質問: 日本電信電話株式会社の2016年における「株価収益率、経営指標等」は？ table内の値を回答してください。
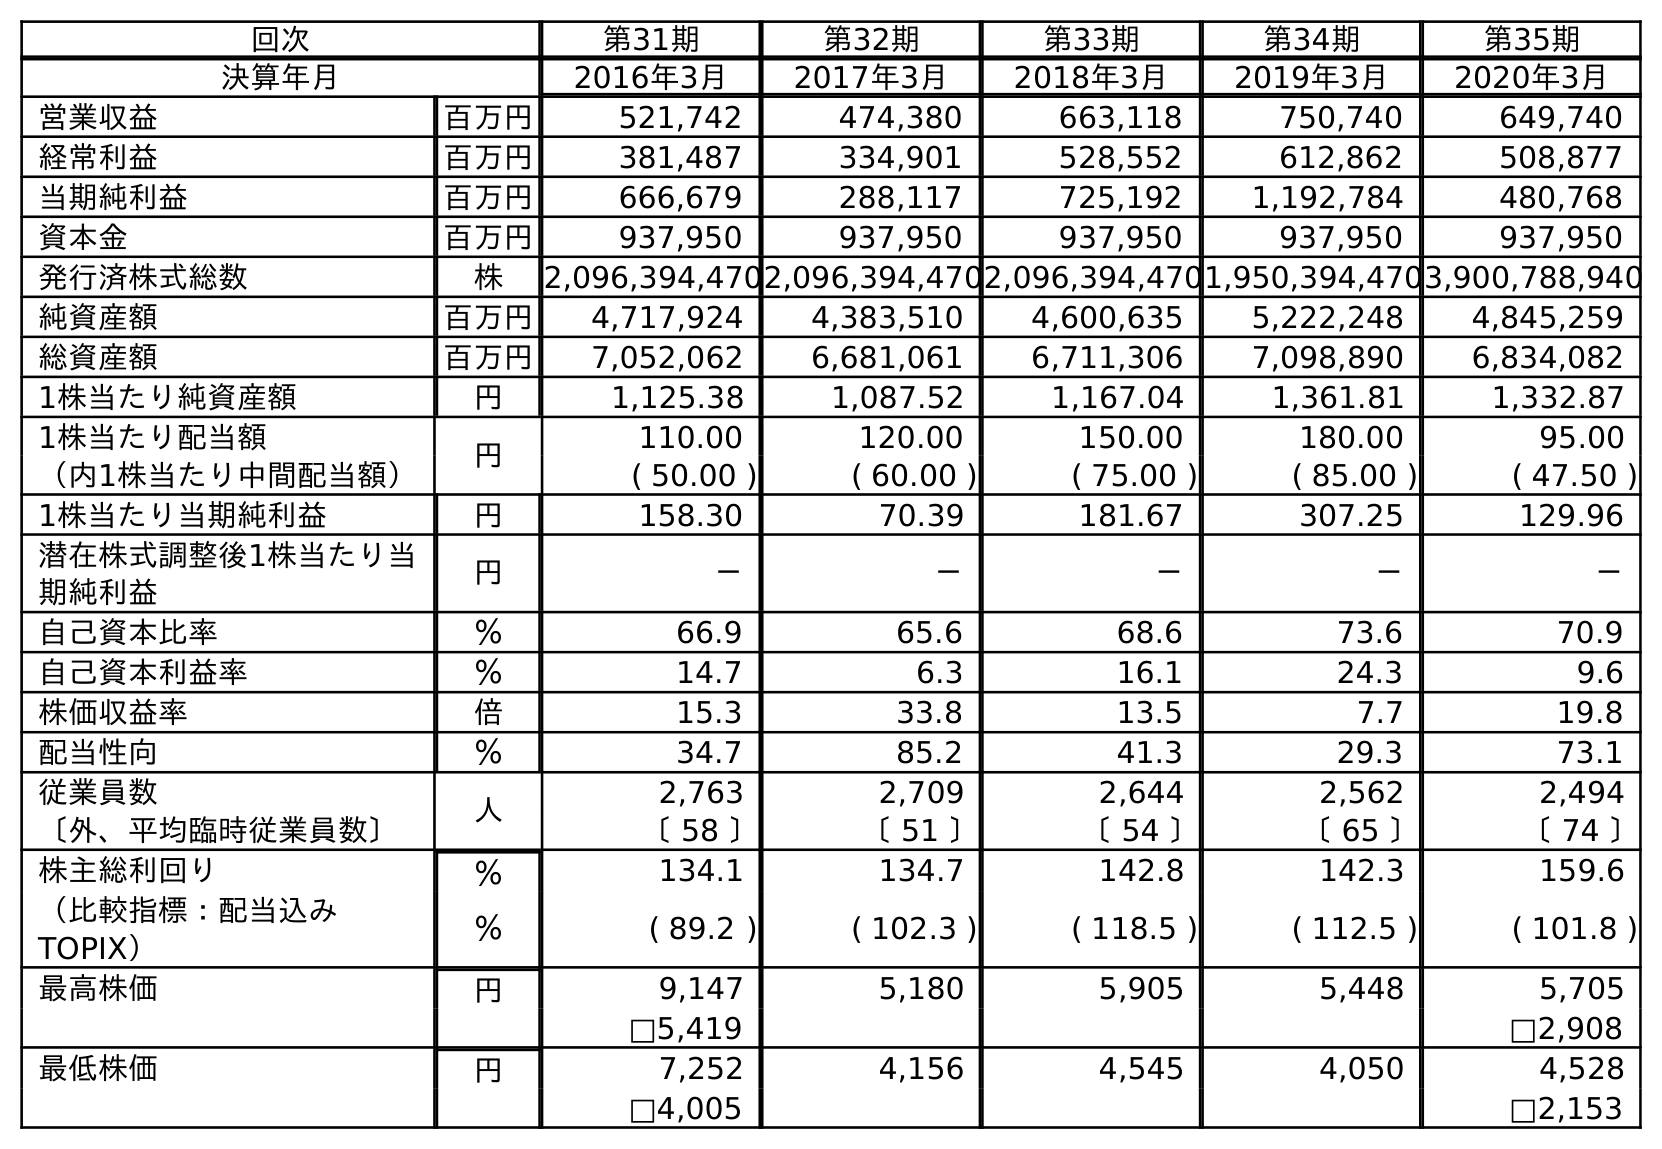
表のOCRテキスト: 回次 第31期 第32期 第33期 第34期 第35期 決算年月 2016年3月 2017年3月 2018年3月 2019年3月 2020年3月 営業収益 百万円 521,742 474,380 663,118 750,740 649,740 経常利益 百万円 381,487 334,901 528,552 612,862 508,877 当期純利益 百万円 666,679 288,117 725,192 1,192,784 480,768 資本金 百万円 937,950 937,950 937,950 937,950 937,950 発行済株式総数 株 2,096,394,4702,096,394,4702,096,394,4701,950,394,4703,900,788,940 純資産額 百万円 4,717,924 4,383,510 4,600,635 5,222,248 4,845,259 総資産額 百万円 7,052,062 6,681,061 6,711,306 7,098,890 6,834,082 1株当たり純資産額 円 1,125.38 1,087.52 1,167.04 1,361.81 1,332.87 1株当たり配当額 円 110.00 120.00 150.00 180.00 95.00 （内1株当たり中間配当額） ( 50.00 ) ( 60.00 ) ( 75.00 ) ( 85.00 ) ( 47.50 ) 1株当たり当期純利益 円 158.30 70.39 181.67 307.25 129.96 潜在株式調整後1株当たり当 期純利益 円 － － － － － 自己資本比率 ％ 66.9 65.6 68.6 73.6 70.9 自己資本利益率 ％ 14.7 6.3 16.1 24.3 9.6 株価収益率 倍 15.3 33.8 13.5 7.7 19.8 配当性向 ％ 34.7 85.2 41.3 29.3 73.1 従業員数 人 2,763 2,709 2,644 2,562 2,494 〔外、平均臨時従業員数〕 〔 58 〕 〔 51 〕 〔 54 〕 〔 65 〕 〔 74 〕 株主総利回り ％ 134.1 134.7 142.8 142.3 159.6 （比較指標：配当込み TOPIX） ％ ( 89.2 ) ( 102.3 ) ( 118.5 ) ( 112.5 ) ( 101.8 ) 最高株価 円 9,147 5,180 5,905 5,448 5,705 □5,419 □2,908 最低株価 円 7,252 4,156 4,545 4,050 4,528 □4,005 □2,153
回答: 15.3